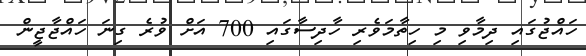
ހައްޖުގައި ދިމާވި މި ހިތާމަވެރި ހާދިސާގައި 700 އަށް ވުރެ ގިނަ ހައްޖާޖީން